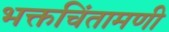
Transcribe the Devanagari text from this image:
भक्तचिंतामणी